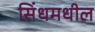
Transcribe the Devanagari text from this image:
सिंधमधील